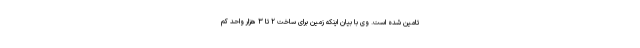
تامین شده است. وی با بیان اینکه زمین برای ساخت ۲ تا ۳ هزار واحد کم